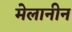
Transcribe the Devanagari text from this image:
मेलानीन